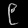
Digit: ၉